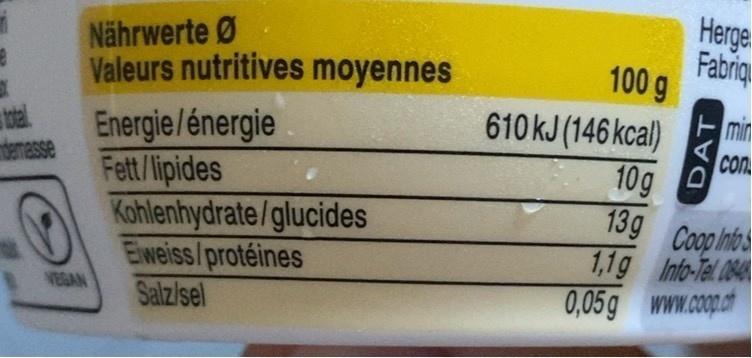
Nährwerte Ø Valeurs nutritives moyennes
Herge Fabrig 100 g
610 kJ (146 kcal)
min
Energie/énergie Fett/lipides Kohlenhydrate/glucides Elweiss/protéines Salz/sel
con
10g 0 13g Coop Intos 1,1g Info-Tel 084
temesse
VEGAN
0,05g www.cop.c
DAT